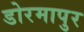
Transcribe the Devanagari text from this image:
डोरमापुर